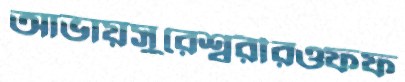
আভায়সুরেশ্বরীরওফফ